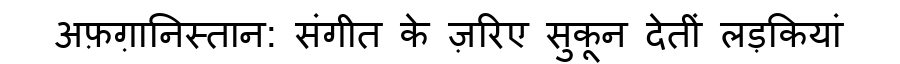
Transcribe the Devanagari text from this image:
अफ़ग़ानिस्तान: संगीत के ज़रिए सुकून देतीं लड़कियां